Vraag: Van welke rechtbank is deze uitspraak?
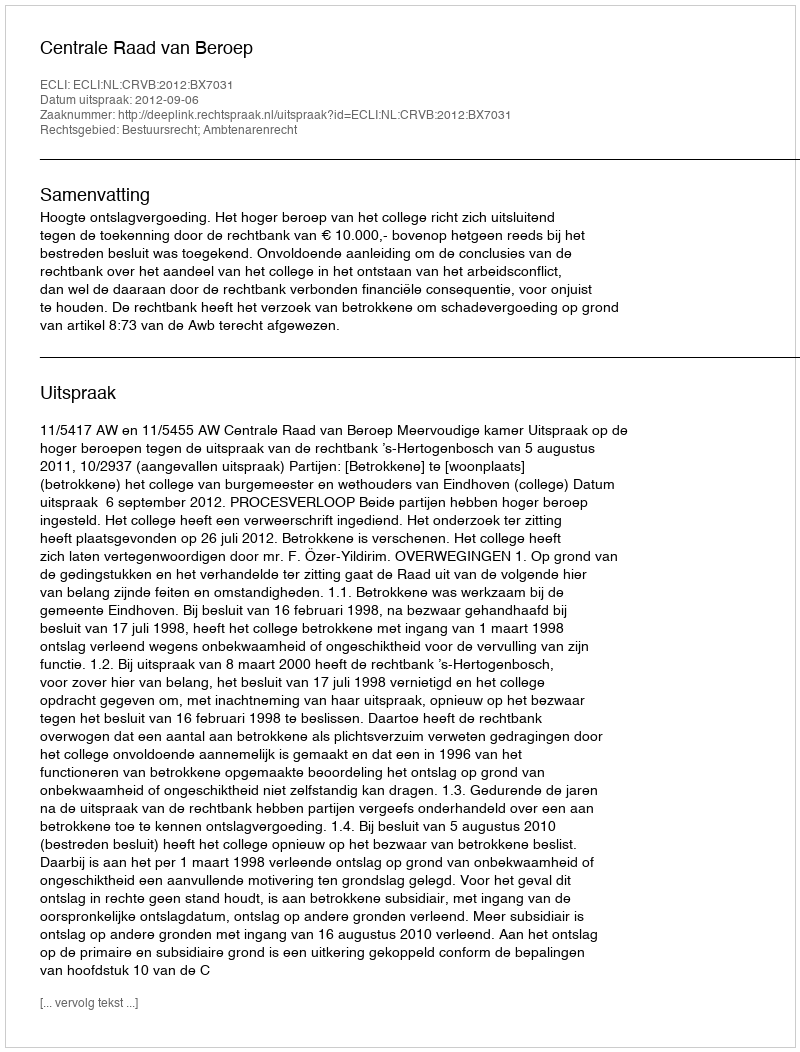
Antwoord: Centrale Raad van Beroep